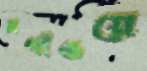
নগাঁওয়ে